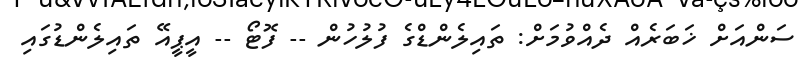
ސަންއަށް ޚަބަރެއް ދެއްވުމަށް: ތައިލެންޑްގެ ފުލުހުން -- ފޮޓޯ -- އީޕީއޭ ތައިލެންޑުގައި